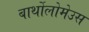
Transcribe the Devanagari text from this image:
बार्थोलोमेउस